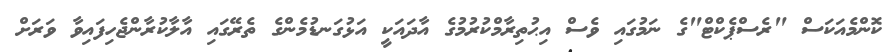
ކޮންމެއަކަސް "ރެސްޕެކްޓް"ގެ ނަމުގައި ވެސް އިޙުތިރާމްކުރުމުގެ އާދައަކީ އަޅުގަނޑުމެންގެ ތެރޭގައި އާލާކުރާންޖެހިފައިވާ ވަރަށް